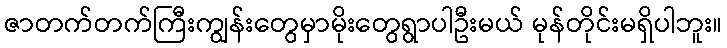
ဇာတက်တက်ကြီးကျွန်းတွေမှာမိုးတွေရွာပါဦးမယ် မုန်တိုင်းမရှိပါဘူး။